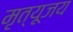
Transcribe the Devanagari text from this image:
मृत्यूजय